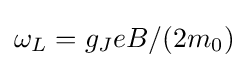
\omega _{L}=g_{J}eB/(2m_{0})